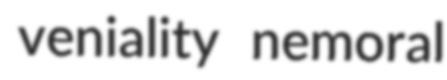
veniality nemoral